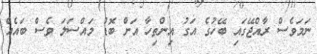
ނަމަވެސް ރާއްޖޭގައި ބޭހުގެ އަގު އިންތިހާ އަށް ބޮޑު މައްސަލަ ވެސް ބައެއް